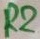
Text: R2